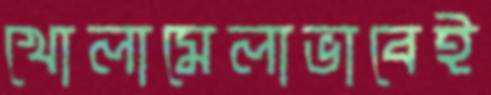
খোলামেলাভাবেই